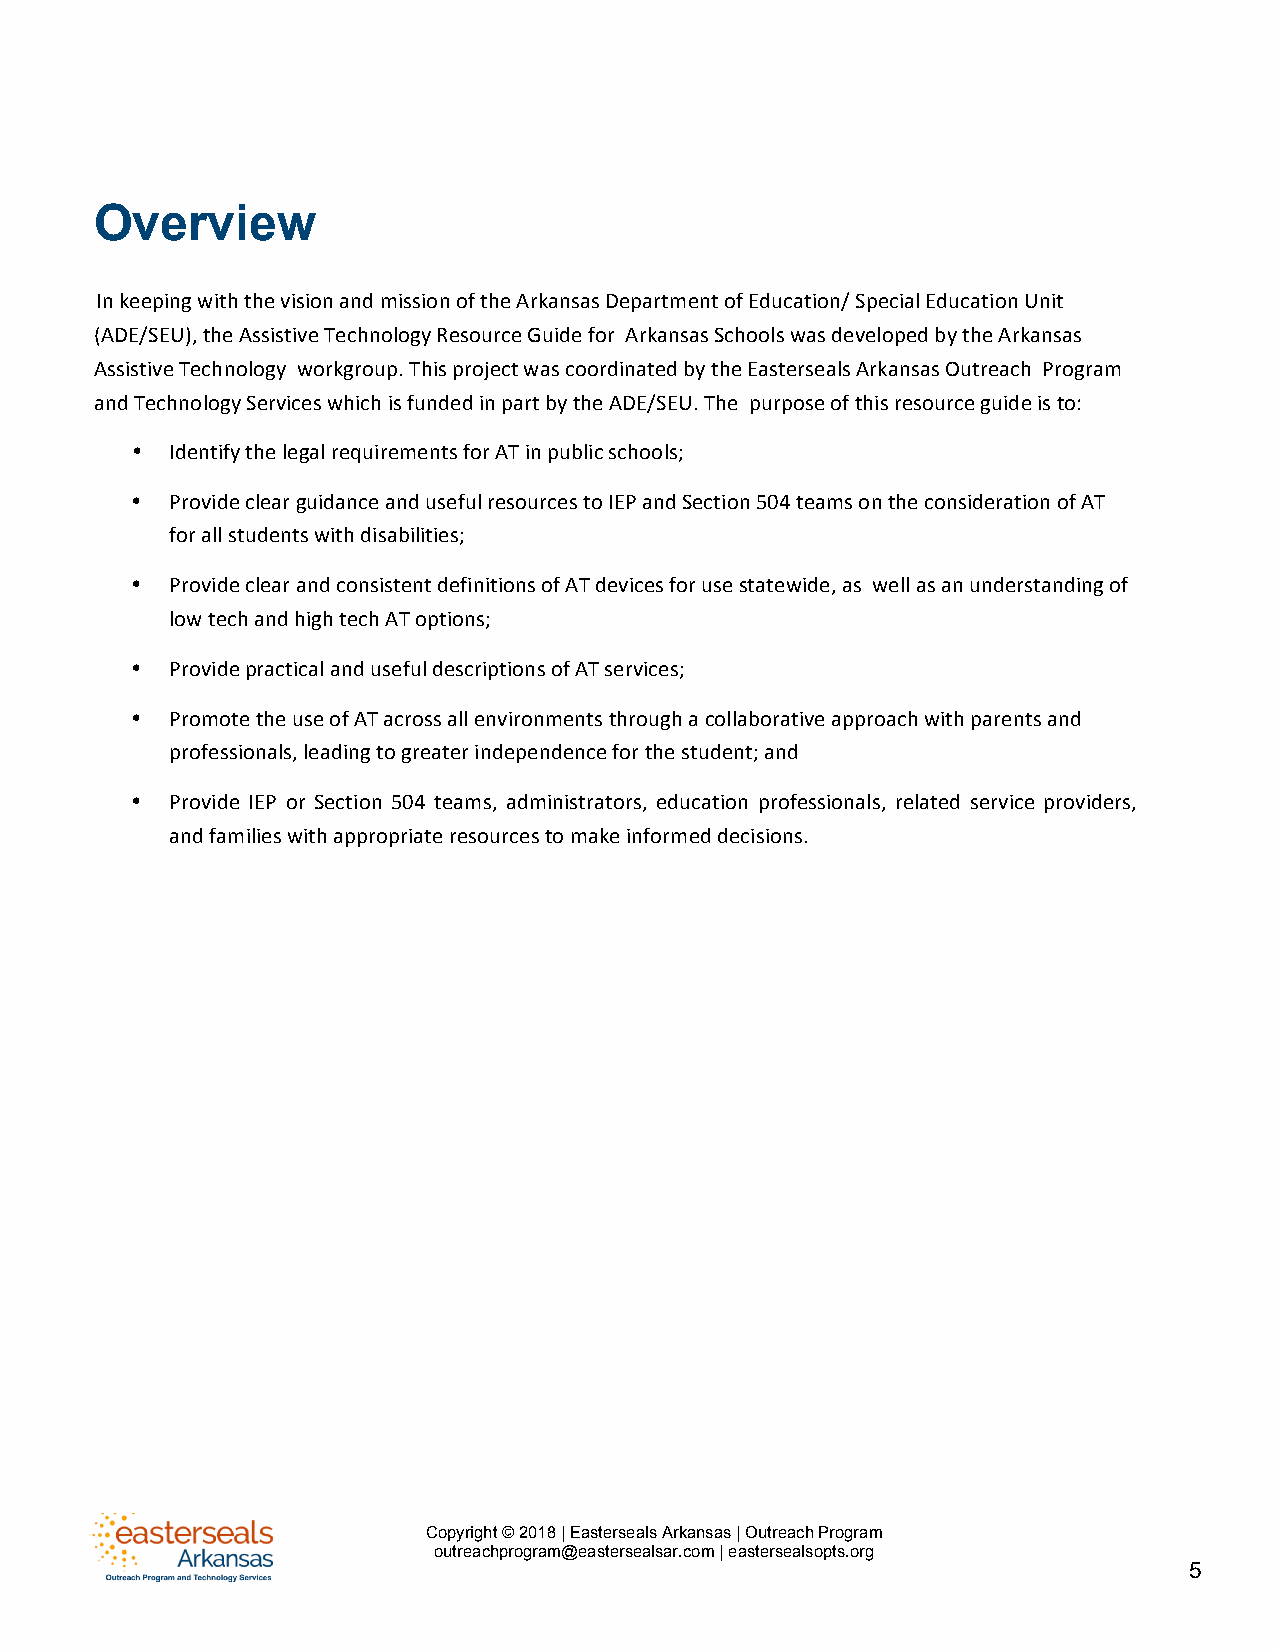
Overview
 In keeping with the vision and mission of the Arkansas Department of Education/ Special Education Unit
 (ADE/SEU), the Assistive Technology Resource Guide for Arkansas Schools was developed by the Arkansas
 Assistive Technology workgroup. This project was coordinated by the Easterseals Arkansas Outreach Program
 and Technology Services which is funded in part by the ADE/SEU. The purpose of this resource guide is to:
 • Identify the legal requirements for AT in public schools;
 • Provide c lear guidance and useful resources to IEP and Section 504 teams on the consideration of AT
 for all students with disabilities;
 • Provide clear and consistent definitions of AT devices for use statewide, as well as an understanding of
 low tech and high tech AT options;
 • Provide practical and useful descriptions of AT services;
 • Promote the use of AT across all environments through a collaborative approach with parents and
 professionals, leading to greater independence for the student; and
 • Provide IEP or Section 504 teams, administrators, education professionals, related service providers,
 and families with appropriate resources to make informed decisions.
 Assistive Technology Resource Guide for Arkansas Schools
 Copyright © 2018 | Easterseals Arkansas | Outreach Program
 outreachprogram@eastersealsar.com | eastersealsopts.org
 5